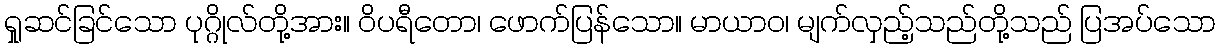
ရှုဆင်ခြင်သော ပုဂ္ဂိုလ်တို့အား။ ဝိပရီတော၊ ဖောက်ပြန်သော။ မာယာဝ၊ မျက်လှည့်သည်တို့သည် ပြအပ်သော